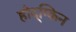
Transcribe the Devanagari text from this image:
होद्ग्किन